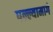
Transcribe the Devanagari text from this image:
पल्ल्यामागे